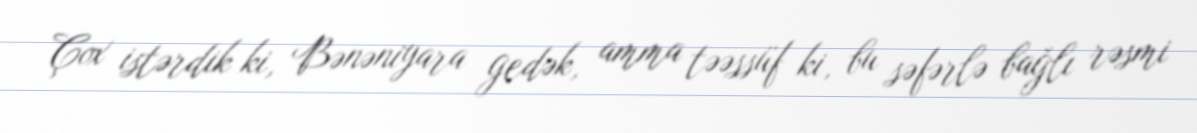
Çox istərdik ki, Bənəniyara gedək, amma təəssüf ki, bu səfərlə bağlı rəsmi